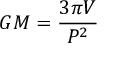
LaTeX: G M = { \frac { 3 \pi V } { P ^ { 2 } } }